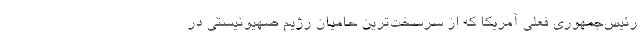
رئیس‌جمهوری فعلی آمریکا که از سرسخت‌ترین حامیان رژیم صهیونیستی در